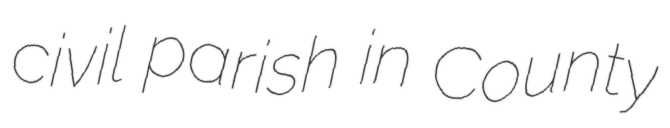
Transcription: civil parish in County